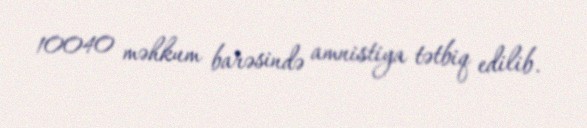
10040 məhkum barəsində amnistiya tətbiq edilib.